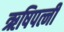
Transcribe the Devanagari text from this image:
ऋषिपत्नी